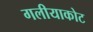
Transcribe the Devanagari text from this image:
गलीयाकोट